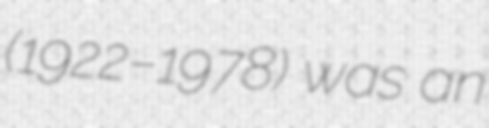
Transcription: (1922–1978) was an